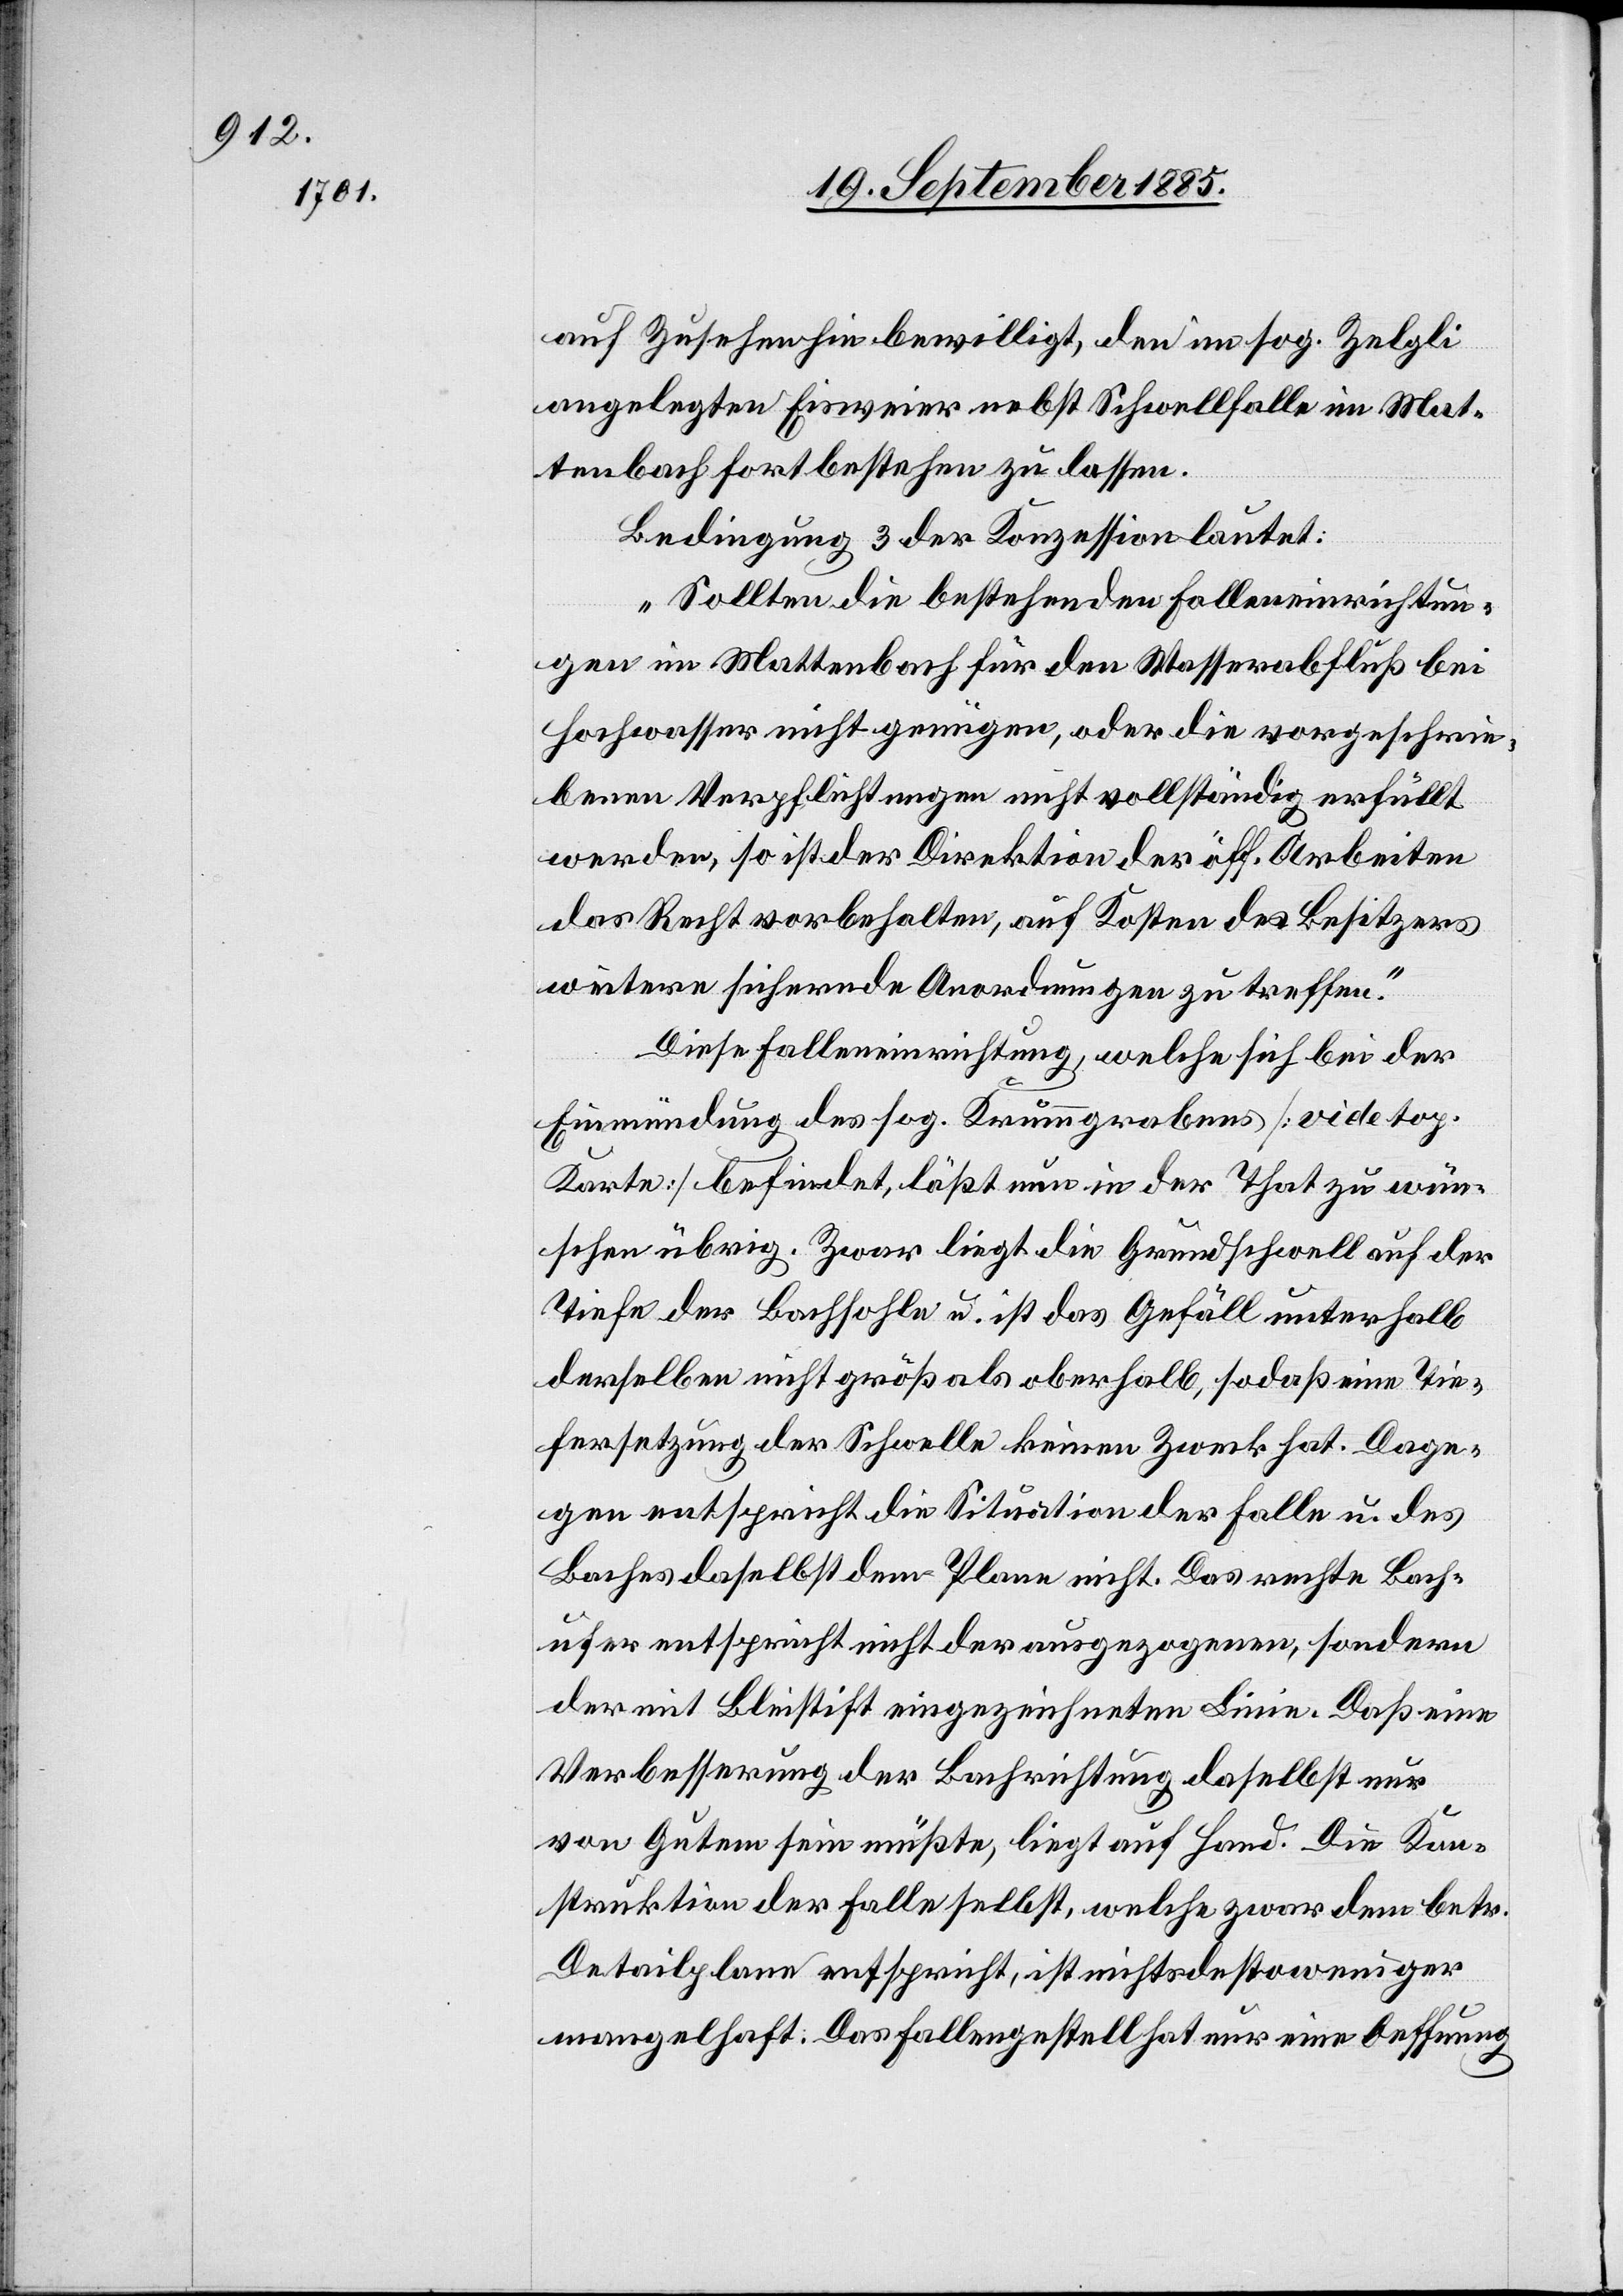
auf Zusehen hin bewilligt, den im sog. Zelgli
angelegten Eisweier nebst Schwellfalle im Mat¬
tenbach fortbestehen zu lassen.
Bedingung 3 der Konzession lautet:
„Sollten die bestehenden Falleneinrichtun¬
gen im Mattenbach für den Wasserabfluß bei
Hochwasser nicht genügen, oder die vorgeschrie¬
benen Verpflichtungen nicht vollständig erfüllt
werden, so ist der Direktion der öff. Arbeiten
das Recht vorbehalten, auf Kosten des Besitzers
weitere sichernde Anordnungen zu treffen.“
Diese Falleneinrichtung, welche sich bei der
Einmündung des sog. Krummgrabens [vide top.
Karte] befindet, läßt nun in der That zu wün¬
schen übrig. Zwar liegt die Grundschwelle auf der
Tiefe der Bachsohle u. ist das Gefäll unterhalb
derselben nicht größ[er] als oberhalb, sodaß eine Tie¬
fersetzung der Schwelle keinen Zweck hat. Dage¬
gen entspricht die Situation der Falle u. des
Baches daselbst dem Plane nicht. Das rechte Bach¬
ufer entspricht nicht der ausgezogenen, sondern
der mit Bleistift eingezeichneten Linie. Daß eine
Verbesserung der Bachrichtung daselbst nur
von Gutem sein müßte, liegt auf [der] Hand. Die Kon¬
struktion der Falle selbst, welche zwar dem betr.
Detailplane entspricht, ist nichtsdestoweniger
mangelhaft. Das Fallengestell hat nur eine Oeffnung